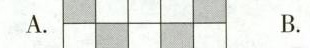
A. B.